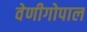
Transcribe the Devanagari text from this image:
वेणीगोपाल